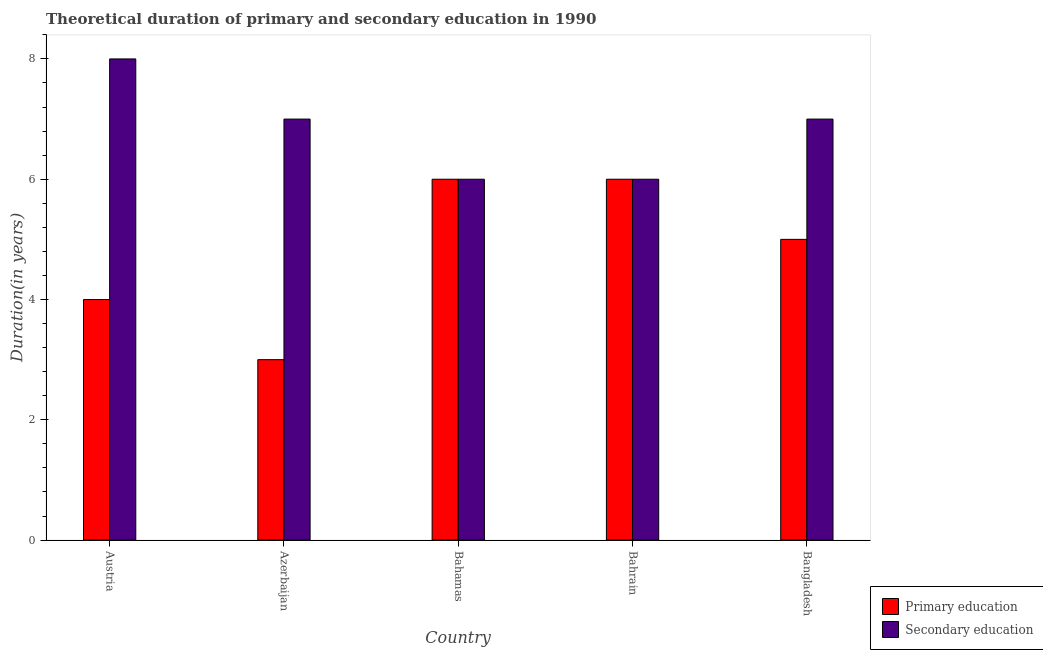
| Country | Primary education | Secondary education |
 | --- | --- | --- |
 | Austria | 4 | 8 |
 | Azerbaijan | 3 | 7 |
 | Bahamas | 6 | 6 |
 | Bahrain | 6 | 6 |
 | Bangladesh | 5 | 7 |